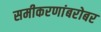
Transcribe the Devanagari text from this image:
समीकरणांबरोबर